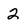
Character: 2